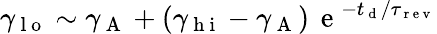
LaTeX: \gamma_{\mathrm{~l~o~}}\sim\gamma_{\mathrm{~A~}}+(\gamma_{\mathrm{~h~i~}}-\gamma_{\mathrm{~A~}})\, \mathrm{~e~}^{-t_{\mathrm{~d~}}/\tau_{\mathrm{~r~e~v~}}}